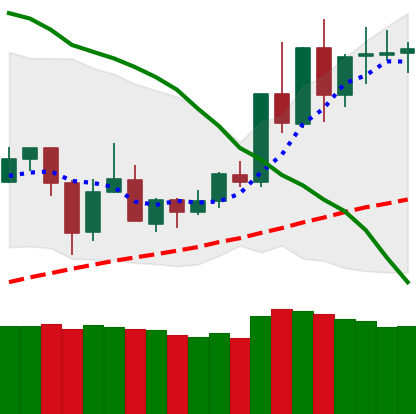
Ticker: TRX-USD
Chart end date: 2020-06-06
Forward return: -6.985%
Label: down_5_7